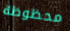
محظوظة